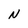
Character: N